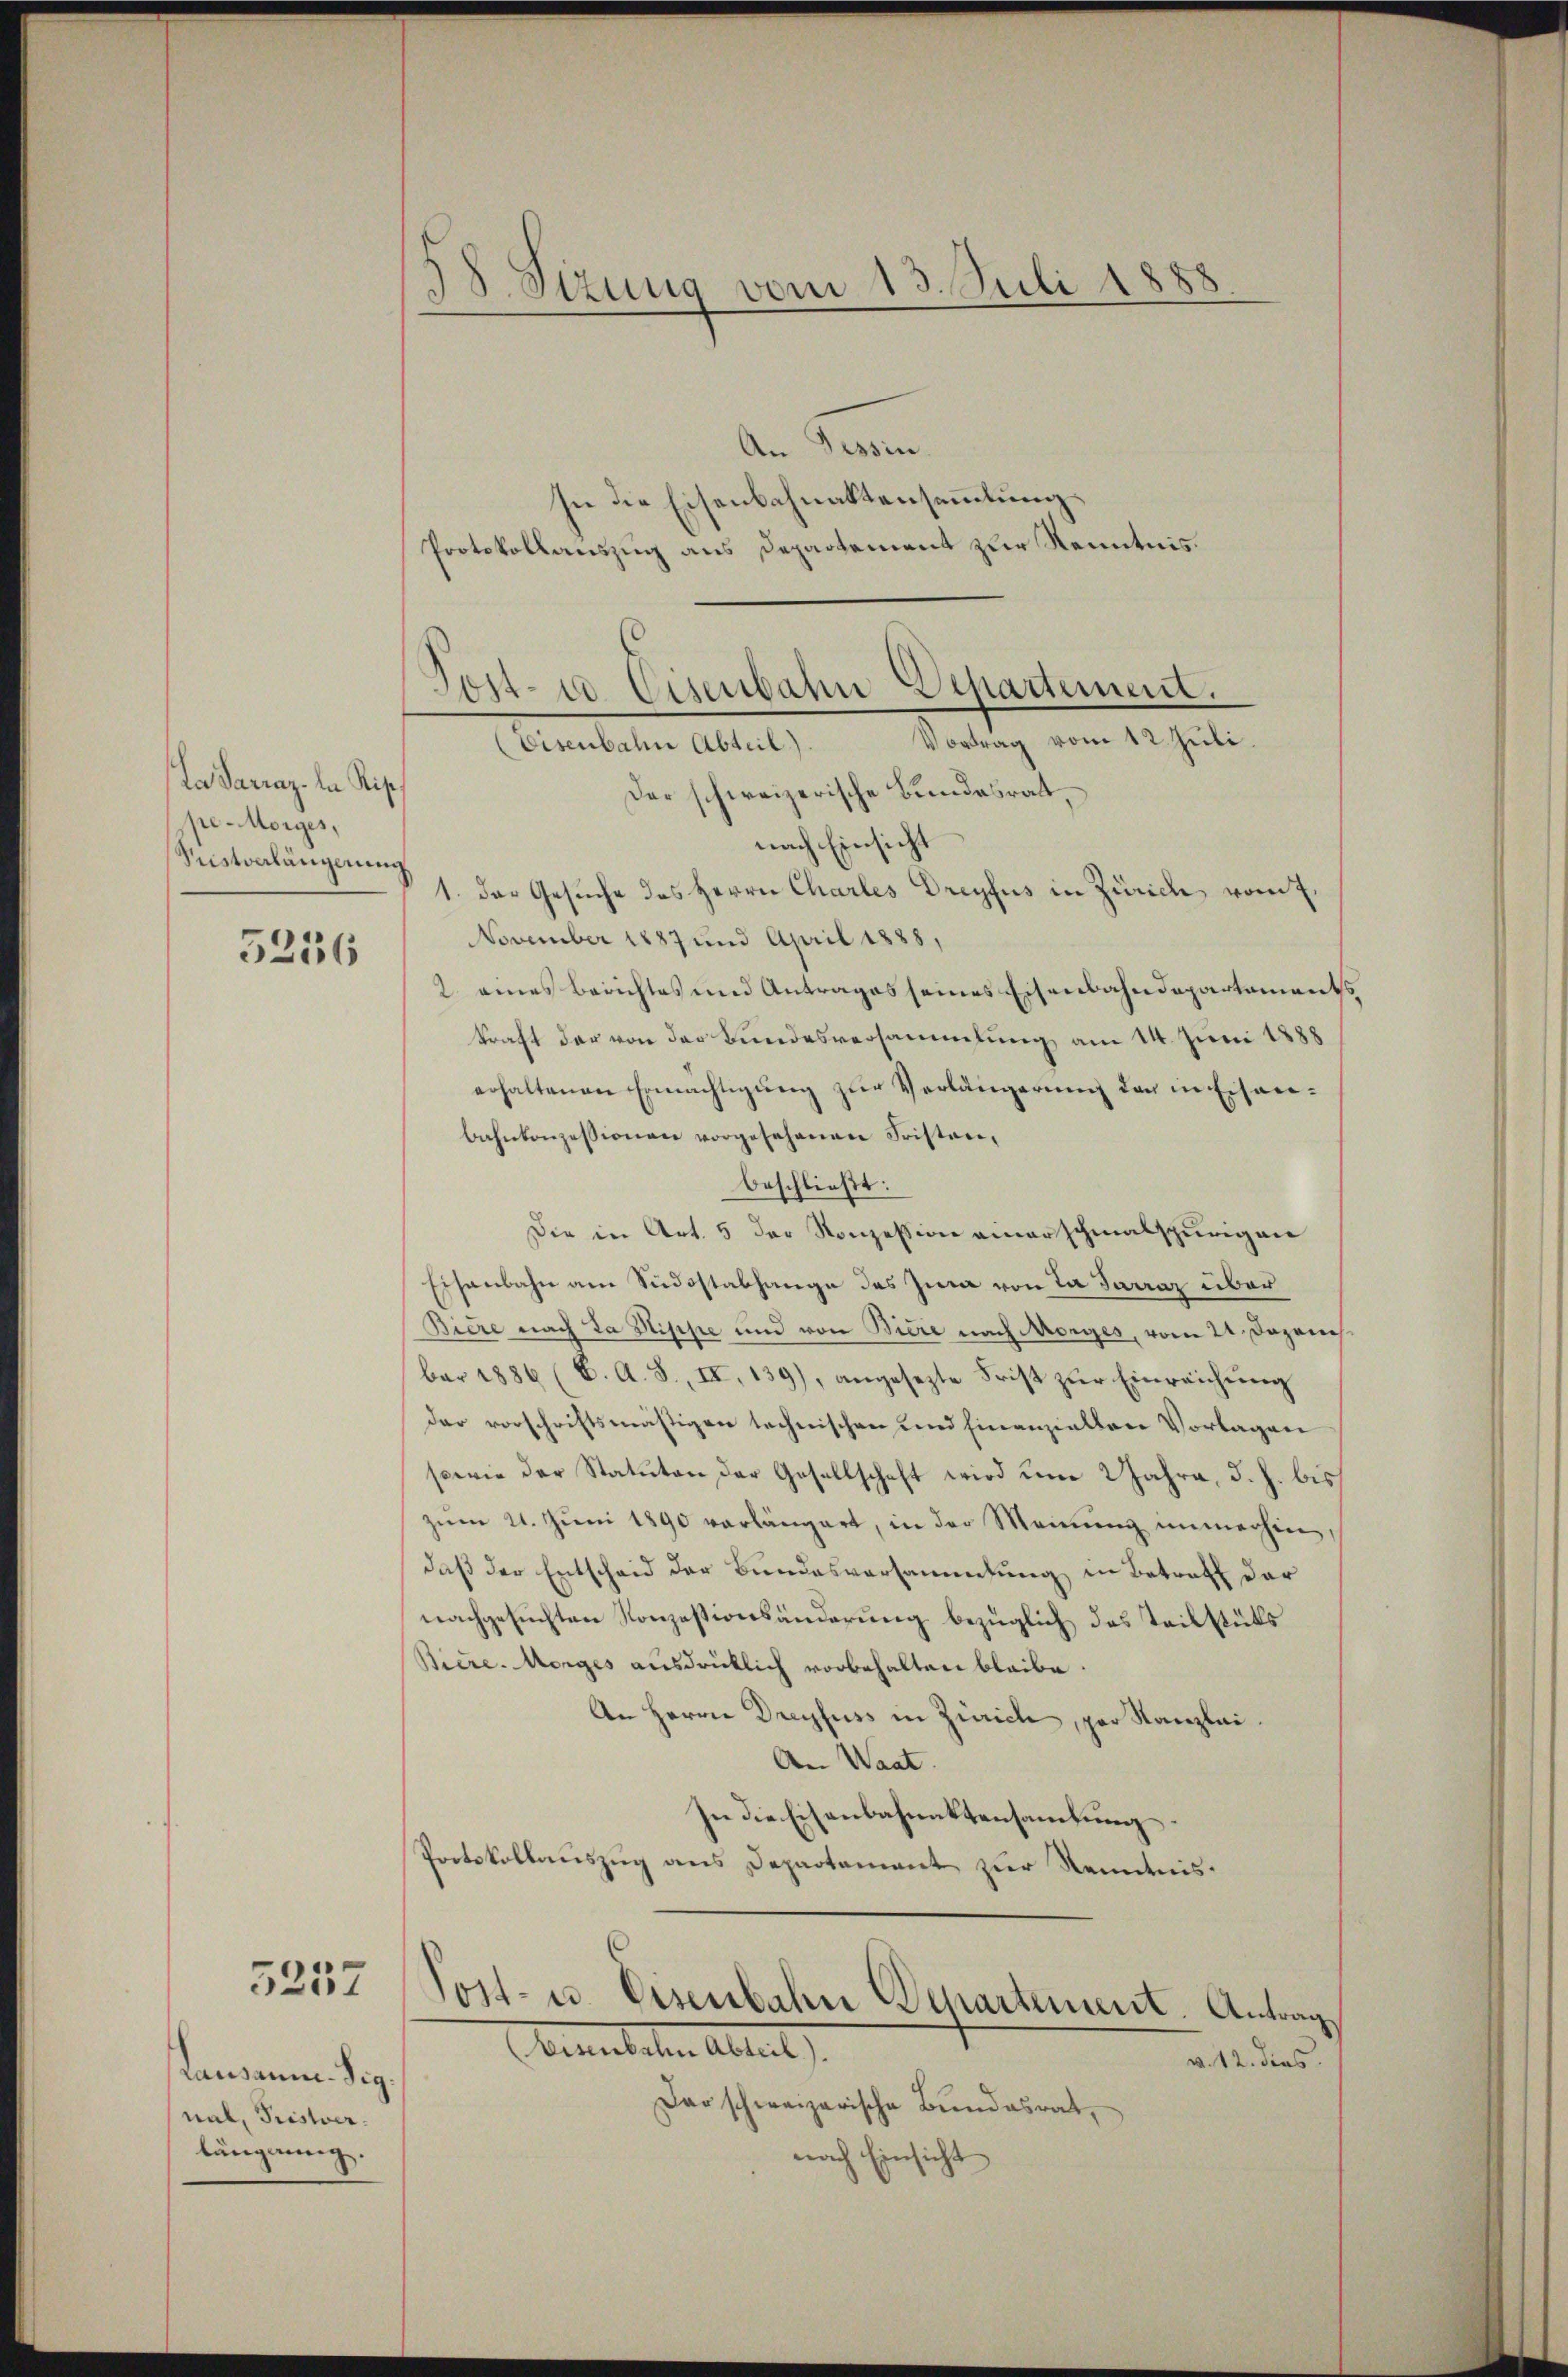
La Sarraz. la Rip
pe-Morges,
Sustverlängerung
5256

3257

Lausann-Sig.
nal, Pristver
lüngung.

38. Stzung vom 13. Juli 1888.

An Tessin.
In die Eisenbahnaktensammlung
Protokollauszug aus Departement zur Kenntnis.
Der schweizerische Bundesrath,
nach Einsicht
1. des Gesuche des Herrn Charles Dreyfus in Zürich vom 7.
November 1887 und April 1888,
2. eines Berichtes und Antrages seines Eisenbahndepartements
kraft der von der Bundesversammlung am 14. Juni 1888
erhaltenen Ermächtigung zur Verlängerung der in Eisenbahnkonzessionen vorgesehenen Fristen,
beschließt:
Die in Art. 5 der Konzession einer schmalspurigen
Eisenbahn am Südostabhange des Zwa von da Jarraz über
Biere nach da Sippe und von Biere nach Morges, vom 21. Dezem
bar 1886 (C. A. S., II, 139), angesezte Frist zur Einreichung
der vorschriftsmäßigen technischen und hinanziellen Vorlagen
sowie der Statuten der Gesellschaft wird um 2 Jahre, d. h. bis
zŭm 21. Jŭni 1890 vorlängert, in der Meinŭng immerhin,
daß der Entscheid der Bundesversammlung in Betreff der
nachgesuchten Konzessionsänderung bezüglich das Teilstüks
Biere. Morges ausdrücklich vorbehalten bleibe.
An Herrn Dreyfuss in Zürich, par Kanzlei.
An Waat.
In die Eisenbahnaktensamlung.
Pootskollauszug aus Departement zur Neidnis¬

Post- u. Eisenbahn Departement.
Vortrag vom 12. Juli
Eisenbahn Abteil)

Sost- u Eisenbahn Departement. Antrag
bereiteten Abteil

v. 12. dies
Dar schweizerische Bŭndesrat,
nach Einsicht